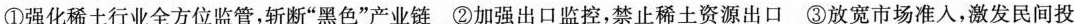
①强化稀土行业全方位监管，斩断”黑色”产业链 ②加强出口监控，禁止稀土资源出口 ③放宽市场准入，激发民间投